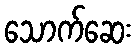
သောက်ဆေး